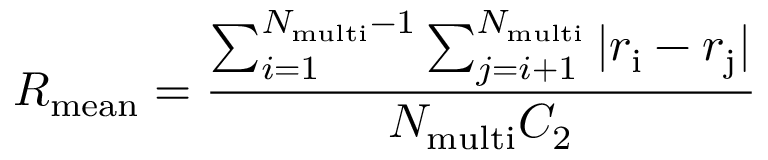
{ R _ { \mathrm { m e a n } } } = { \frac { \sum _ { i = 1 } ^ { { N _ { \mathrm { m u l t i } } } - 1 } \sum _ { j = i + 1 } ^ { N _ { \mathrm { m u l t i } } } | { r _ { \mathrm { i } } } - { r _ { \mathrm { j } } } | } { { N _ { \mathrm { m u l t i } } } { C _ { \mathrm { 2 } } } } }